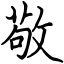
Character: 敬